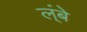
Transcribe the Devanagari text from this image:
ल्ंबे